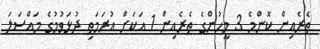
ތެރެއިން ކޮންމެ 3 މީހުންގެ ތެރެއިން 1 އަކަށް އުރަމަތި ދުޅަވުމުގެ މައްސަލަ